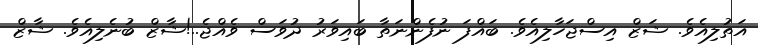
އަތުލިއެވެ. ޝަޒް އިސްޖަހާލިއެވެ. ބައްފަ ނުފެންނަތާ ބައިވަރު ދުވަސް ވެއްޖެ..!ޝާޒް ބުނެލިއެވެ. ޝާޒް